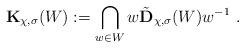
LaTeX: \begin{align*}{\bf K}_{\chi,\sigma}(W):=\bigcap\limits_{w\in W} w\tilde {\bf D}_{\chi,\sigma}(W)w^{-1}\ .\end{align*}